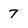
Character: 7